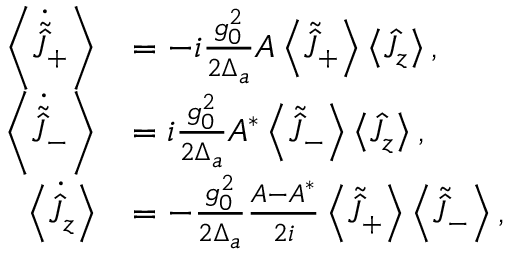
\begin{array} { r l } { \left\langle \dot { \tilde { \hat { J } } } _ { + } \right\rangle } & { = - i \frac { g _ { 0 } ^ { 2 } } { 2 \Delta _ { a } } A \left\langle \tilde { \hat { J } } _ { + } \right\rangle \left\langle \hat { J } _ { z } \right\rangle , } \\ { \left\langle \dot { \tilde { \hat { J } } } _ { - } \right\rangle } & { = i \frac { g _ { 0 } ^ { 2 } } { 2 \Delta _ { a } } A ^ { * } \left\langle \tilde { \hat { J } } _ { - } \right\rangle \left\langle \hat { J } _ { z } \right\rangle , } \\ { \left\langle \dot { \hat { J } } _ { z } \right\rangle } & { = - \frac { g _ { 0 } ^ { 2 } } { 2 \Delta _ { a } } \frac { A - A ^ { * } } { 2 i } \left\langle \tilde { \hat { J } } _ { + } \right\rangle \left\langle \tilde { \hat { J } } _ { - } \right\rangle , } \end{array}